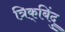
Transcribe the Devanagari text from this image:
त्रिक्‌बिंदु